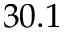
3 0 . 1